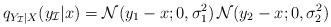
LaTeX: \begin{align*}q_{Y_\mathcal{I}|X}(y_\mathcal{I}|x) = \mathcal{N}(y_1-x; 0, \sigma_1^2)\,\mathcal{N}(y_2-x; 0, \sigma_2^2) \end{align*}